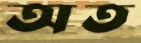
অত